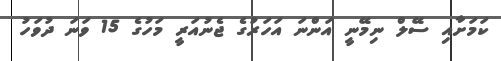
ކަމަށާއި ސޭލް ނިމޭނީ އަންނަ އަހަރުގެ ޖެނުއަރީ މަހުގެ 15 ވަނަ ދުވަހު